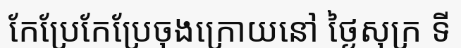
កែប្រែកែប្រែចុងក្រោយនៅ ថ្ងៃសុក្រ ទី